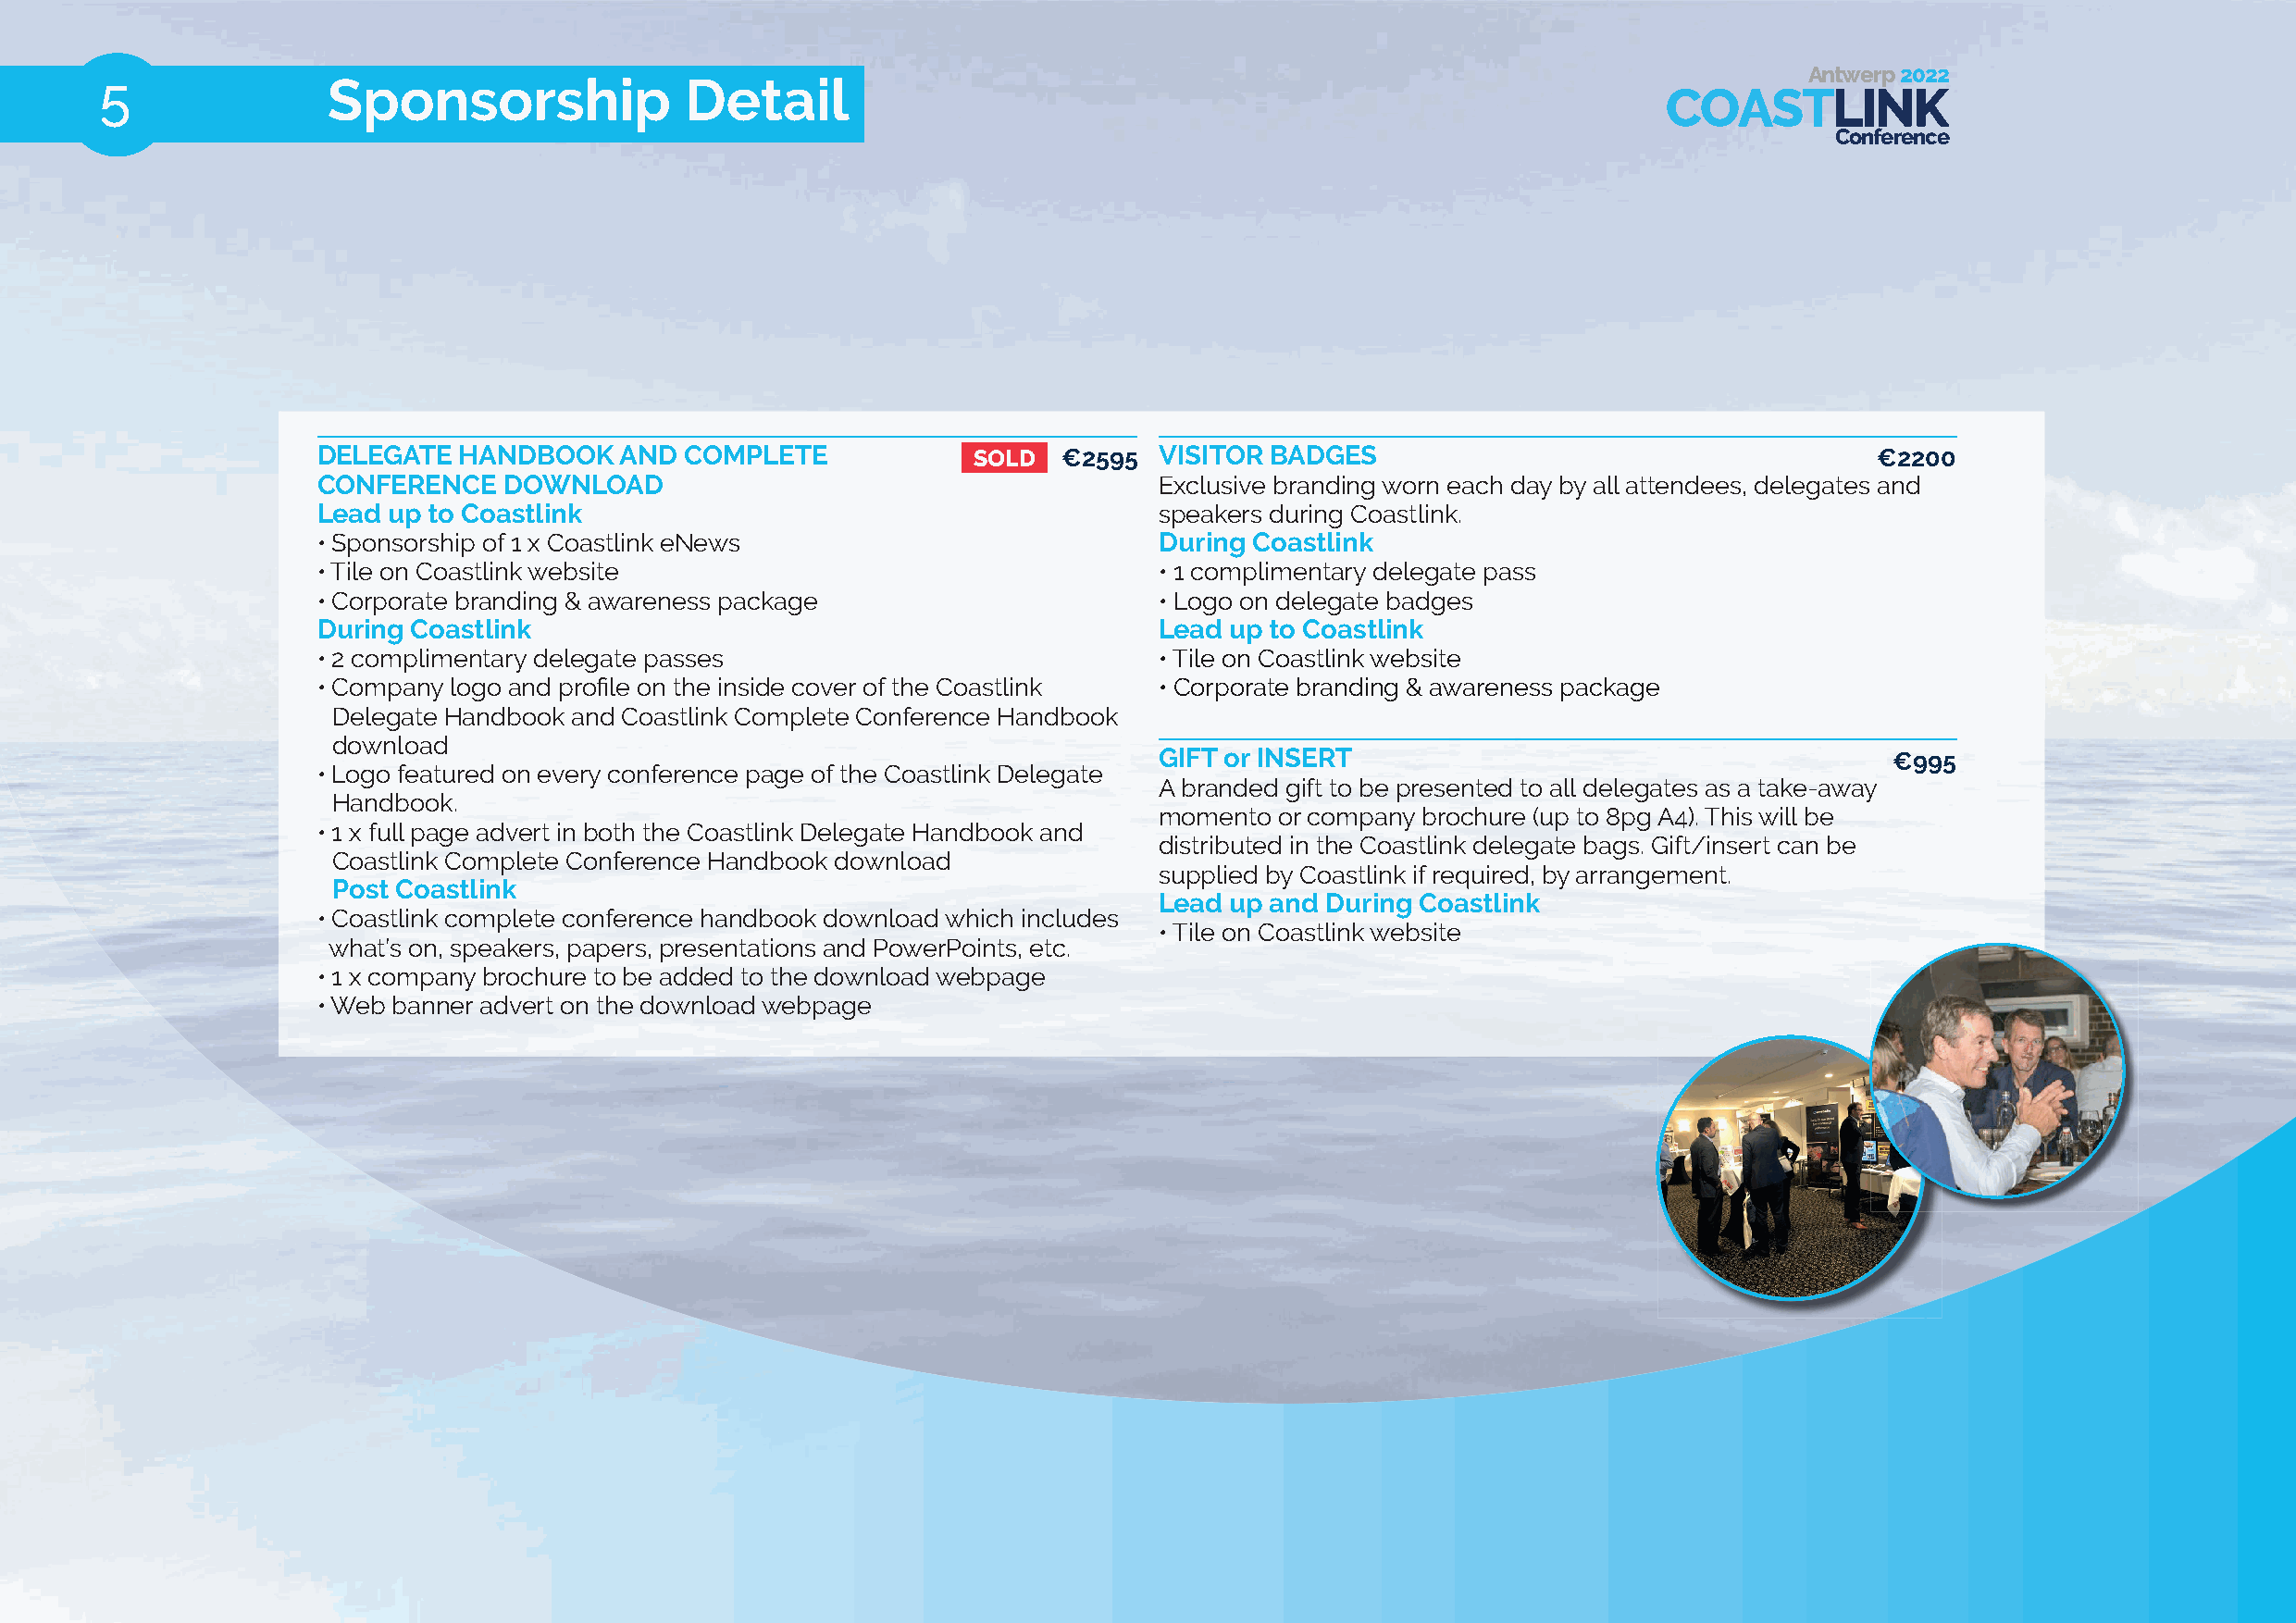
Antwerp 2022
 5               Sponsorship               Detail
 COASTLINK
 Conference
 DELEGATE  HANDBOOK   AND  COMPLETE             SSOOLLDD €2595 VISITOR BADGES                                   €2200
 CONFERENCE   DOWNLOAD                                       Exclusive branding worn each day by all attendees, delegates and
 Lead up to Coastlink                                        speakers during Coastlink.
 • Sponsorship of 1 x Coastlink eNews                        During Coastlink
 • Tile on Coastlink website                                 • 1 complimentary delegate pass
 • Corporate branding & awareness package                    • Logo on delegate badges
 During Coastlink                                            Lead up to Coastlink
 • 2 complimentary delegate passes                           • Tile on Coastlink website
 • Company logo and profi le on the inside cover of the Coastlink • Corporate branding & awareness package
 Delegate Handbook and Coastlink Complete Conference Handbook
 download
 GIFT or INSERT                                      €995
 • Logo featured on every conference page of the Coastlink Delegate
 A branded gift to be presented to all delegates as a take-away
 Handbook.
 momento or company brochure (up to 8pg A4). This will be
 • 1 x full page advert in both the Coastlink Delegate Handbook and
 distributed in the Coastlink delegate bags. Gift/insert can be
 Coastlink Complete Conference Handbook download
 supplied by Coastlink if required, by arrangement.
 Post Coastlink
 Lead up and During Coastlink
 • Coastlink complete conference handbook download which includes
 • Tile on Coastlink website
 what’s on, speakers, papers, presentations and PowerPoints, etc.
 • 1 x company brochure to be added to the download webpage
 • Web banner advert on the download webpage